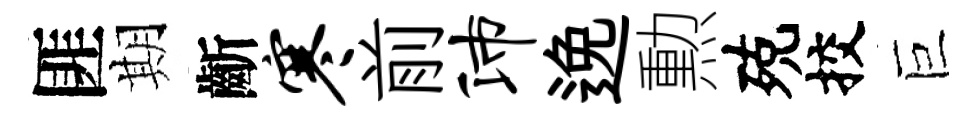
匪期齗寒前沛𨓜勲殑挍巨